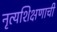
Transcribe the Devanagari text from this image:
नृत्यशिक्षणाची